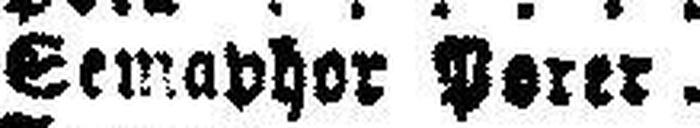
Semaphor Perer